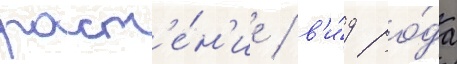
раст'е́н'ие / в'и́д ро́да